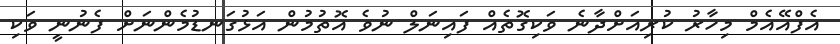
އެފްއޭއެމް މިހާރު ކުރިއަށްދާނެ ވަކިގޮތެއް ފައިނަލް ނުވެ އޮތުމުން އަޅުގަނޑުމެންނަށް ފެނުނީ ވަކި